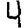
Digit: 4